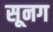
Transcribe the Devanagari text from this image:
सूनग